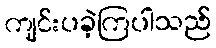
ကျင်းပခဲ့ကြပါသည်